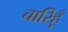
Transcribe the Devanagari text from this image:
चारिहूँ